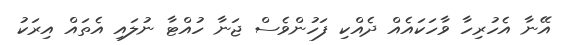
އޭނާ އެހުރިހާ ވާހަކައެއް ދެއްކި ފަހުންވެސް ޖަނާ ހުއްޓާ ނުލައި އެތައް އިރަކު